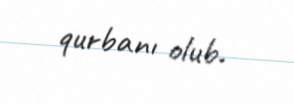
qurbanı olub.